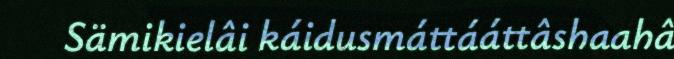
Sämikielâi káidusmáttááttâshaahâ